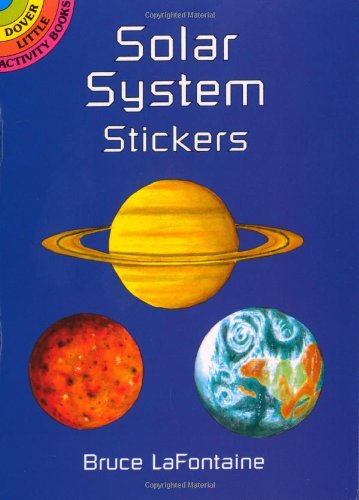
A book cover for Solar System Stickers (Dover Little Activity Books Stickers); Bruce LaFontaine; Science & Math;